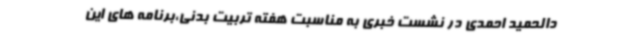
دالحمید احمدی در نشست خبری به مناسبت هفته تربیت بدنی،برنامه های این